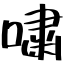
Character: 嘯